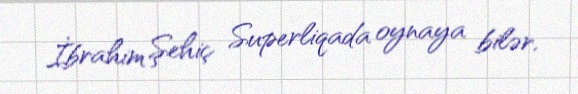
İbrahim Şehiç Superliqada oynaya bilər.